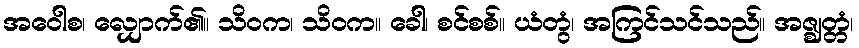
အဝေါစ၊ လျှောက်၏။ သိဝက၊ သိဝက။ ခေါ၊ စင်စစ်။ ယံတွံ၊ အကြင်သင်သည်။ အဇ္ဈတ္တံ၊